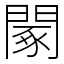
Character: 䦠